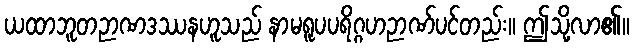
ယထာဘူတဉာဏဒဿနဟူသည် နာမရူပပရိဂ္ဂဟဉာဏ်ပင်တည်း။ ဤသို့လာ၏။